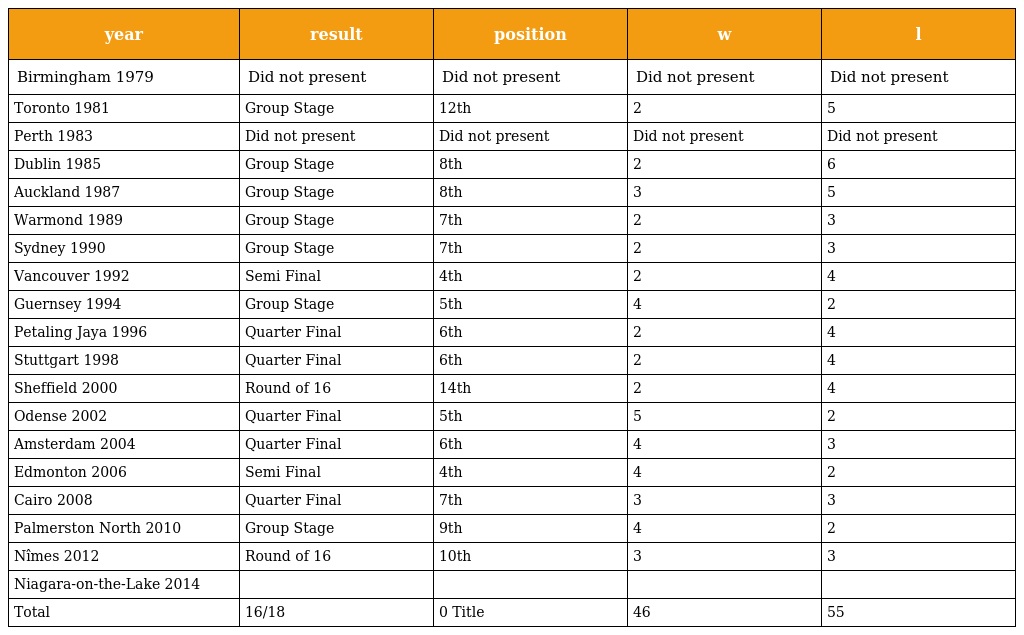
| year | result | position | w | l |
 | --- | --- | --- | --- | --- |
 | Birmingham 1979 | Did not present | Did not present | Did not present | Did not present |
 | Toronto 1981 | Group Stage | 12th | 2 | 5 |
 | Perth 1983 | Did not present | Did not present | Did not present | Did not present |
 | Dublin 1985 | Group Stage | 8th | 2 | 6 |
 | Auckland 1987 | Group Stage | 8th | 3 | 5 |
 | Warmond 1989 | Group Stage | 7th | 2 | 3 |
 | Sydney 1990 | Group Stage | 7th | 2 | 3 |
 | Vancouver 1992 | Semi Final | 4th | 2 | 4 |
 | Guernsey 1994 | Group Stage | 5th | 4 | 2 |
 | Petaling Jaya 1996 | Quarter Final | 6th | 2 | 4 |
 | Stuttgart 1998 | Quarter Final | 6th | 2 | 4 |
 | Sheffield 2000 | Round of 16 | 14th | 2 | 4 |
 | Odense 2002 | Quarter Final | 5th | 5 | 2 |
 | Amsterdam 2004 | Quarter Final | 6th | 4 | 3 |
 | Edmonton 2006 | Semi Final | 4th | 4 | 2 |
 | Cairo 2008 | Quarter Final | 7th | 3 | 3 |
 | Palmerston North 2010 | Group Stage | 9th | 4 | 2 |
 | Nîmes 2012 | Round of 16 | 10th | 3 | 3 |
 | Niagara-on-the-Lake 2014 |  |  |  |  |
 | Total | 16/18 | 0 Title | 46 | 55 |